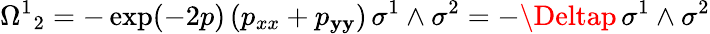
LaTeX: {\Omega^{1}}_{2}=-\exp(-2p)\left(p_{xx}+p_{\mathbf{y}\mathbf{y}}\right)\, \sigma^{1}\wedge\sigma^{2}=-\Deltap\, \sigma^{1}\wedge\sigma^{2}